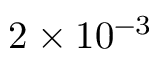
2 \times 1 0 ^ { - 3 }